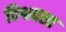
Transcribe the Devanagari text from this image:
विश्ववस्त